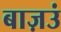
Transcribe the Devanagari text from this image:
बाज़उं